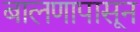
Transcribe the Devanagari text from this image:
बालणापासून